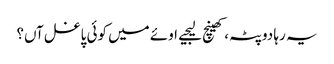
یہ رہا دوپٹہ، کھینچ لیجیے	اوئے میں کوئی پاغل آں؟